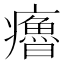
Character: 𤻼